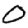
Digit: 0